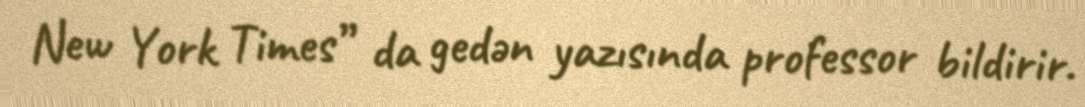
New York Times” da gedən yazısında professor bildirir.